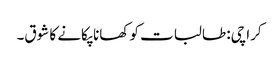
کراچی: طالبات کو کھانا پکانے کا شوق۔